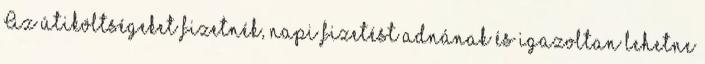
Az útiköltségeket fizetnék, napi fizetést adnának és igazoltan lehetne